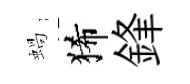
蝸狶鋒